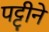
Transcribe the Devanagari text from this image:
पट्टीने